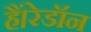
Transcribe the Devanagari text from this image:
हैं।रेडॉन